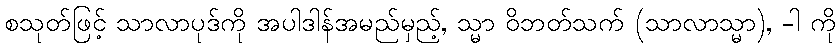
စသုတ်ဖြင့် သာလာပုဒ်ကို အပါဒါန်အမည်မှည့်, သ္မာ ဝိဘတ်သက် (သာလာသ္မာ), -ါ ကို